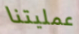
عمليتنا